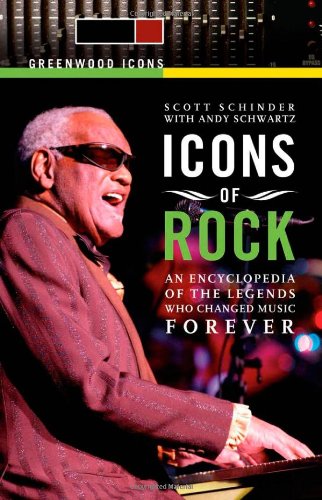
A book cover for Icons of Rock [2 volumes]: An Encyclopedia of the Legends Who Changed Music Forever (Greenwood Icons); Scott Schinder; Humor & Entertainment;